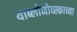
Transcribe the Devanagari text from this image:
याब्लोनोव्स्काच्या